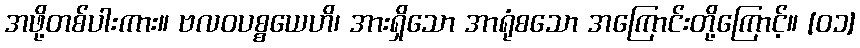
အဖို့တစ်ပါးကား။ ဗလဝပစ္စယေဟိ၊ အားရှိသော အာရုံစသော အကြောင်းတို့ကြောင့်။ [၀၁]